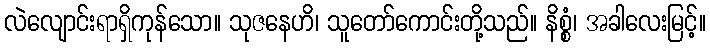
လဲလျောင်းရာရှိကုန်သော။ သုဇနေဟိ၊ သူတော်ကောင်းတို့သည်။ နိစ္စံ၊ အခါလေးမြင့်။